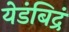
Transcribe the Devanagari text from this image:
येडंबिद्रं